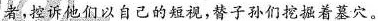
者，控诉他们以自己的短视，替子孙们挖掘着墓穴。